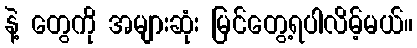
နဲ့ တွေကို အများဆုံး မြင်တွေ့ရပါလိမ့်မယ်။